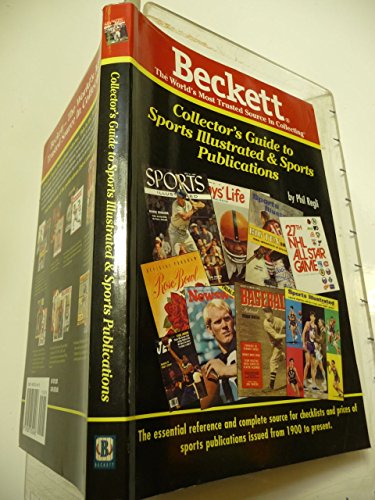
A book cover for The Collector's Guide to Sports Publications & Sports Illustrated; Philip W. Regli; Crafts, Hobbies & Home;